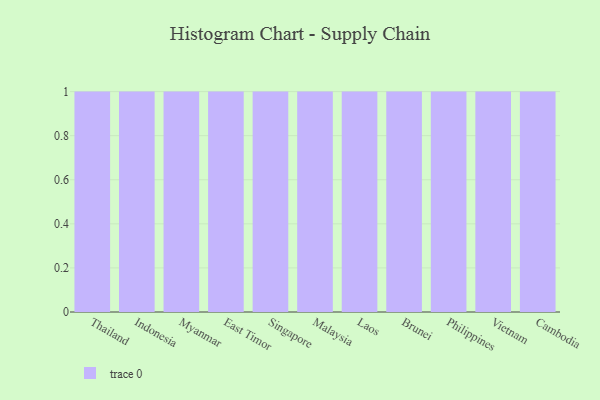
{"axis": {"x": "Country", "y": "Demand Index"}, "legend": [""], "data": [{"x": "Thailand", "y": 89, "type": ""}, {"x": "Indonesia", "y": 86, "type": ""}, {"x": "Myanmar", "y": 49, "type": ""}, {"x": "East Timor", "y": 77, "type": ""}, {"x": "Singapore", "y": 5, "type": ""}, {"x": "Malaysia", "y": 46, "type": ""}, {"x": "Laos", "y": 59, "type": ""}, {"x": "Brunei", "y": 32, "type": ""}, {"x": "Philippines", "y": 70, "type": ""}, {"x": "Vietnam", "y": 84, "type": ""}, {"x": "Cambodia", "y": 61, "type": ""}]}